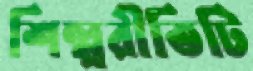
শিল্পরীতিটি